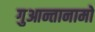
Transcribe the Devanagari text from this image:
गुआन्तानामो